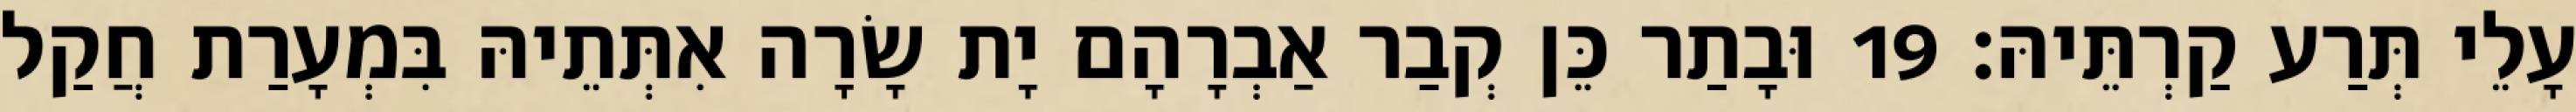
עָלֵי תְּרַע קַרְתֵּיהּ׃ 19 וּבָתַר כֵּן קְבַר אַבְרָהָם יָת שָׂרָה אִתְּתֵיהּ בִּמְעָרַת חֲקַל